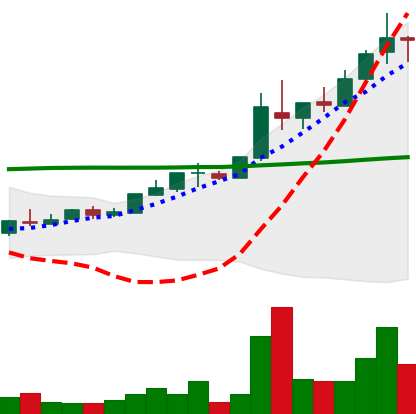
Ticker: TRX-USD
Chart end date: 2018-05-01
Forward return: -9.192%
Label: down_7plus